Report of the Indian Hemp Drugs Commission, 1894-1895 - Volume III
Year: 1894
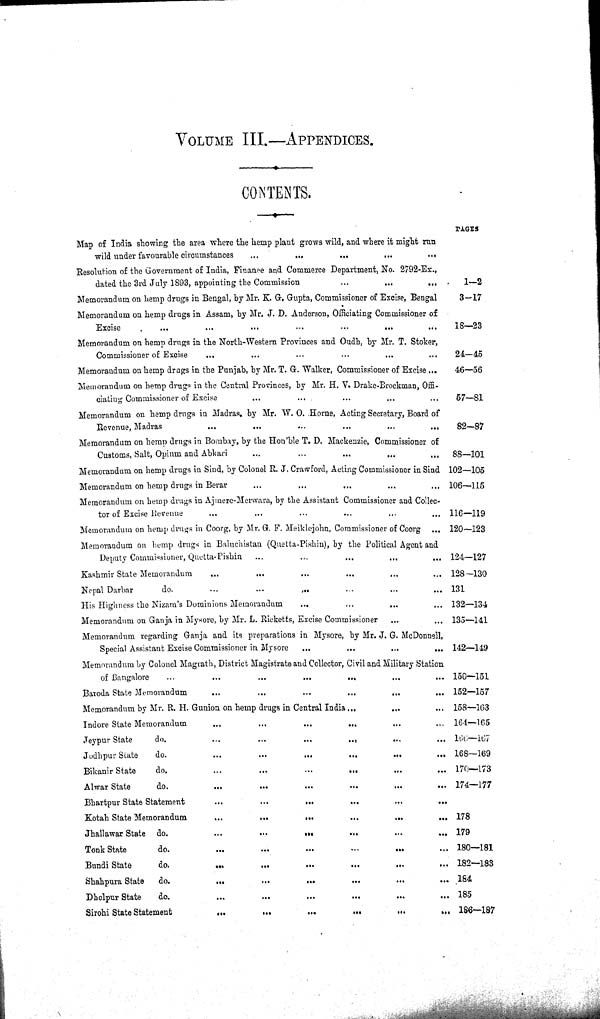
VOLUME III.—APPENDICES.
CONTENTS.
Map of India showing the area where the hemp plant grows wild, and where it might run
wild under favourable circumstances
PAGES
Resolution of the Government of India, Finance and Commerce Department, No. 2792-Ex.,
dated the 3rd July 1893, appointing the Commission
1—2
Memorandum on hemp drugs in Bengal, by Mr. K. G. Gupta, Commissioner of Excise, Bengal
3—17
Memorandum on hemp drugs in Assam, by Mr. J. D. Anderson, Officiating Commissioner of
Excise
18—23
Memorandum on hemp drugs in the North-Western Provinces and Oudh, by Mr. T. Stoker,
Commissioner of Excise
24—45
Memorandum on hemp drugs in the Punjab, by Mr. T. G. Walker, Commissioner of Excise
46—56
Memorandum on hemp drugs in the Central Provinces, by Mr. H. V. Drake-Brockman, Offi-
ciating Commissioner of Excise
57—81
Memorandum on hemp drugs in Madras, by Mr. W. O. Horne, Acting Secretary, Board of
Revenue, Madras
82—87
Memorandum on hemp drugs in Bombay, by the Hon'ble T. D. Mackenzie, Commissioner of
Customs, Salt, Opium and Abkari
88—101
Memorandum on hemp drugs in Sind, by Colonel R. J. Crawford, Acting Commissioner in Sind 102—105
Memorandum on hemp drugs in Berar
106—115
Memorandum on hemp drugs in Ajmere-Merwara, by the Assistant Commissioner and Collec-
tor of Excise Revenue
116—119
Memorandum on hemp drugs in Coorg, by Mr. G. F. Meiklejohn, Commissioner of Coorg
120—123
Memorandum on hemp drugs in Baluchistan (Quetta-Pishin), by the Political Agent and
Deputy Commissioner, Quetta-Pishin
124—127
Kashmir State Memorandum
128—130
Nepal Darbar
do.
131
His Highness the Nizam's Dominions Memorandum
132—134
Memorandum on Ganja in Mysore, by Mr. L. Ricketts, Excise Commissioner
135—141
Memorandum regarding Ganja and its preparations in Mysore, by Mr. J. G. McDonnell,
Special Assistant Excise Commissioner in Mysore
142—149
Memorandum by Colonel Magrath, District Magistrate and Collector, Civil and Military Station
of Bangalore
150—151
Baroda State Memorandum
152—157
Memorandum by Mr. R. H. Gunion on hemp drugs in Central India
158—163
Indore State Memorandum
164—165
Jeypur State
do.
166—167
Jodhpur State
do.
168—169
Bikanir State
do.
170—173
Alwar State
do.
174—177
Bhartpur State Statement
Kotah State Memorandum
178
Jhallawar State do.
179
Tonk State
do.
180—181
Bundi State
do.
182—183
Shahpura State do.
184
Dholpur State
do.
185
Sirohi State Statement
186-187